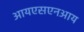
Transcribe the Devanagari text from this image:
आयएसएनआय